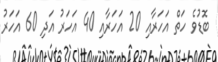
ބޮޑުވެ ހަތް އަަހަރާއި 20 އަހަރާއި 40 އަހަރު އަދި 60 އަހަރު